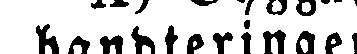
handteringen: